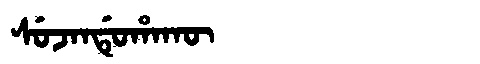
Manchu: ᠰᡠᠵᠠᠨᡩᡠᡥᠠᡴᡡ
Romanization: SUJANDUHAKŪ